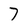
Character: 7